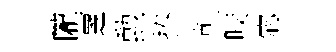
隴覂勲捧軋咬宓